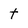
Character: t